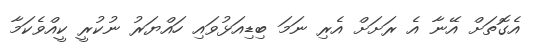
އެގޮތަށް އޭނާ އެ ރަށަށް އެރި ނަމަ ބިޑިއަޅުވައި ހައްޔަރު ނުކުރީ ކީއްވެކަމާ